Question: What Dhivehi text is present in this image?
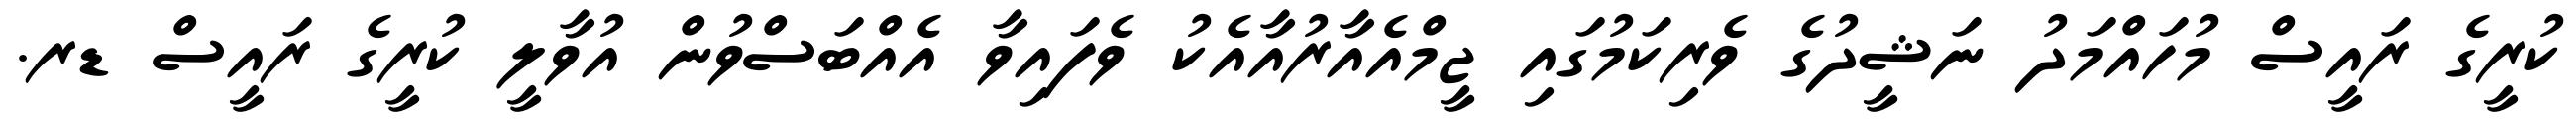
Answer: ކުރީގެ ރައީސް މުހައްމަދު ނަޝީދުގެ ވެރިކަމުގައި ޖީމްއެއާރުއާއެކު ވެފައިވާ އެއްބަސްވުން އުވާލީ ކުރީގެ ރައީސް ޑރ.